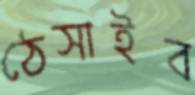
ঠেসাইব